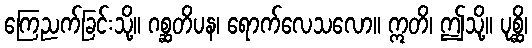
ကြေညက်ခြင်းသို့။ ဂစ္ဆတိပန၊ ရောက်လေသလော။ ဣတိ၊ ဤသို့။ ပုစ္ဆိ၊